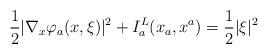
LaTeX: \begin{align*}\frac{1}{2}|\nabla_{x}\varphi_{a}(x,\xi)|^2+I^L_{a}(x_a,x^a)=\frac{1}{2}|\xi|^2\end{align*}